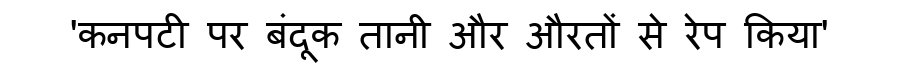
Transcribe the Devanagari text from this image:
'कनपटी पर बंदूक तानी और औरतों से रेप किया'